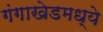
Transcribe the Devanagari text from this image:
गंगाखेडमध्ये